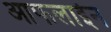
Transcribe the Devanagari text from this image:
आफलाईन